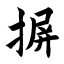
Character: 摒